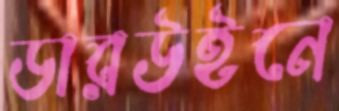
ডারউইনে